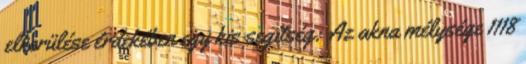
elkerülése érdekében egy kis segítség: Az akna mélysége 1118